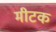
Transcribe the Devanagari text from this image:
मीटक